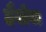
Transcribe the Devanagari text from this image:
हैशेस